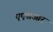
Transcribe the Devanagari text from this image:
एएसआर